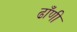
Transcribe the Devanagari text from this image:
ढाँणी